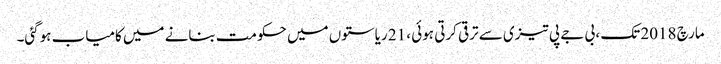
مارچ 2018 تک ، بی جے پی تیزی سے ترقی کرتی ہوئی ، 21 ریاستوں میں حکومت بنانے میں کامیاب ہوگئی۔